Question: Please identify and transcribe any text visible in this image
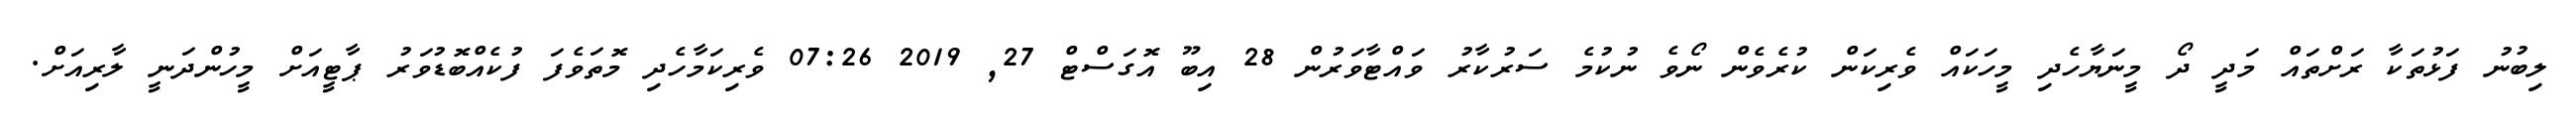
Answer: ލިބުނު ފަޅުތަކާ ރަށްތައް މަދީ ދޯ މީނަޔާހެދި މީހަކައް ވެރިކަން ކުރެވެން ނޯވެ ނުކުމެ ސަރުކާރު ވައްޓާވަރުން 28 އިބޫ އޮގަސްޓް 27, 2019 07:26 ވެރިކަމާހެދި މޮތަވެފަ ފުކެއްބޮޑުވަރު ޕާޓީއަށް މީހުންދަނީ ލާރިއަށް.